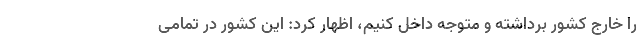
را خارج کشور برداشته و متوجه داخل کنیم، اظهار کرد: این کشور در تمامی